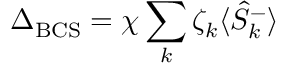
\Delta _ { \mathrm { B C S } } = \chi \sum _ { k } \zeta _ { k } \langle \hat { S } _ { k } ^ { - } \rangle